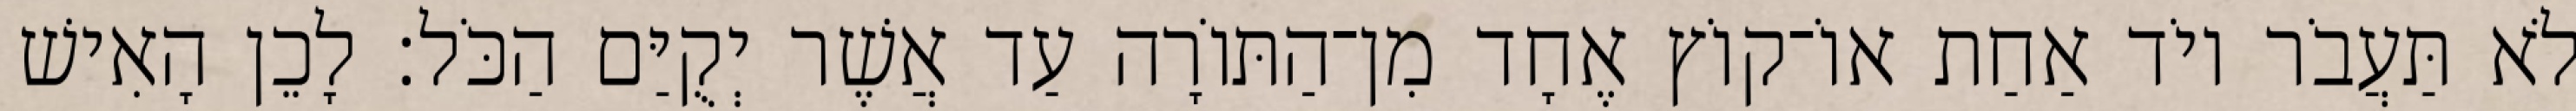
לֹא תַּעֲבֹר יוֹד אַחַת אוֹ־קוֹץ אֶחָד מִן־הַתּוֹרָה עַד אֲשֶׁר יְקֻיַּם הַכֹּל׃ לָכֵן הָאִישׁ